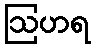
ဩဟရ